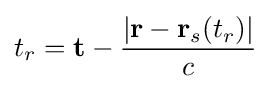
t_{r}=\mathbf {t} -{\frac {|\mathbf {r} -\mathbf {r} _{s}(t_{r})|}{c}}